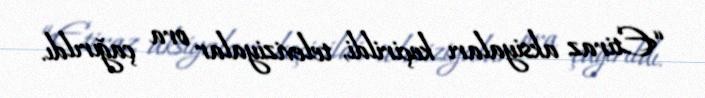
“Etiraz aksiyaları keçirildi, televiziyalar ora çağırıldı.